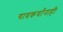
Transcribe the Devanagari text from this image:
गावकर्यांनाही